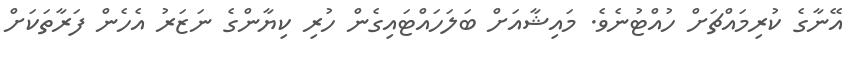
އޭނާގެ ކުރިމައްޗަށް ހުއްޓުނެވެ. މައިޝާއަށް ބަލަހައްޓައިގެން ހުރި ކިޔާންގެ ނަޒަރު އެހެން ފަރާތަކަށް